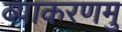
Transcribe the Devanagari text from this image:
व्याकरणमु